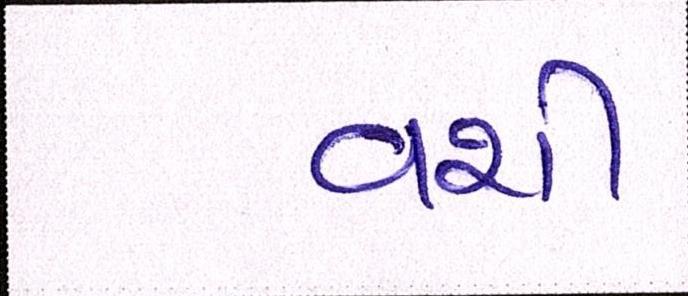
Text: વશી